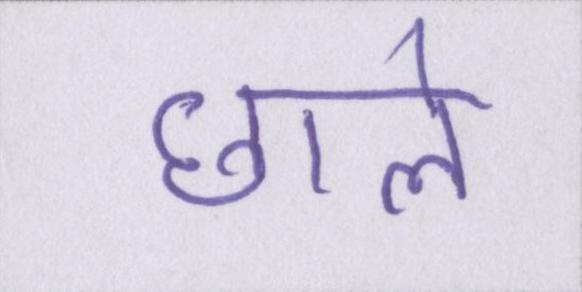
छाले